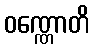
ဝဏ္ဏောတိ